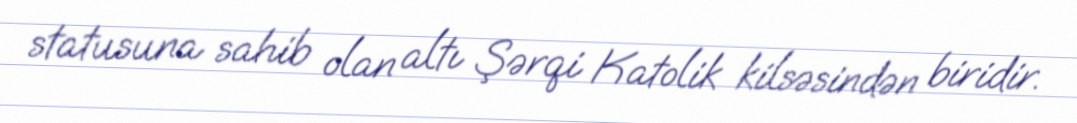
statusuna sahib olan altı Şərqi Katolik kilsəsindən biridir.